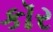
કૉર